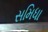
સમિધા